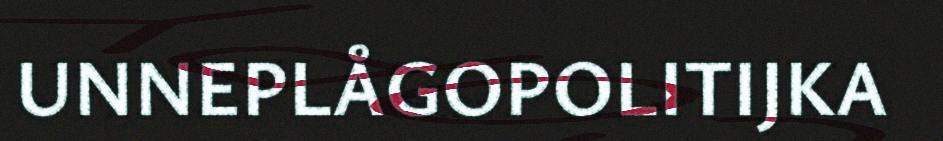
UNNEPLÅGOPOLITIJKA